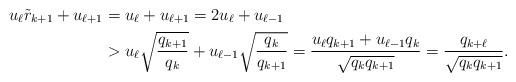
LaTeX: \begin{align*}u_{\ell} \tilde r_{k+1} + u_{\ell+1} &= u_{\ell} + u_{\ell+1} = 2 u_{\ell} + u_{\ell-1} \\&> u_\ell \sqrt{q_{k+1} \over q_k} + u_{\ell-1}\sqrt{q_k \over q_{k+1}} ={ u_\ell q_{k+1} + u_{\ell-1} q_{k} \over \sqrt{ q_k q_{k+1}}}= \frac{q_{k+\ell}}{ \sqrt{ q_k q_{k+1}}}.\end{align*}